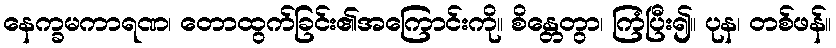
နေက္ခမကာရဏ၊ တောထွက်ခြင်း၏အကြောင်းကို။ စိန္တေတွာ၊ ကြံပြီး၍။ ပုန၊ တစ်ဖန်။